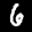
Label: 6